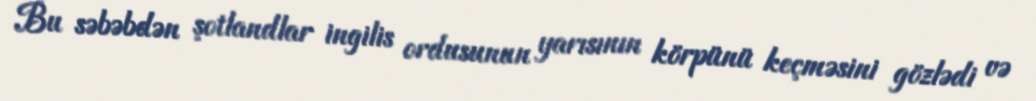
Bu səbəbdən şotlandlar ingilis ordusunun yarısının körpünü keçməsini gözlədi və